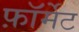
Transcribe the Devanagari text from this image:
फ़ाॅर्मेट